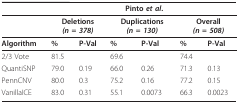
|  | <COLSPAN=6> Pinto et al. |
 | --- | --- | --- | --- | --- | --- | --- |
 |  | <COLSPAN=2> Deletions (n = 378) | <COLSPAN=2> Duplications (n = 130) | <COLSPAN=2> Overall (n = 508) |
 | Algorithm | % | P-Val | % | P-Val | % | P-Val |
 | 2/3 Vote | 81.5 |  | 69.6 |  | 74.4 |  |
 | QuantiSNP | 79.0 | 0.19 | 66.0 | 0.26 | 71.3 | 0.13 |
 | PennCNV | 80.0 | 0.3 | 75.2 | 0.16 | 77.2 | 0.15 |
 | VanillaICE | 83.0 | 0.31 | 55.1 | 0.0073 | 66.3 | 0.0023 |